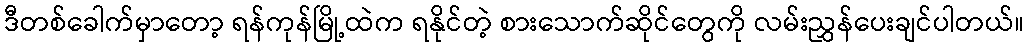
ဒီတစ်ခေါက်မှာတော့ ရန်ကုန်မြို့ထဲက ရနိုင်တဲ့ စားသောက်ဆိုင်တွေကို လမ်းညွှန်ပေးချင်ပါတယ်။